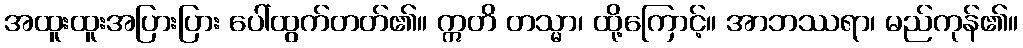
အထူးထူးအပြားပြား ပေါ်ထွက်တတ်၏။ ဣတိ တသ္မာ၊ ထို့ကြောင့်။ အာဘဿရာ၊ မည်ကုန်၏။